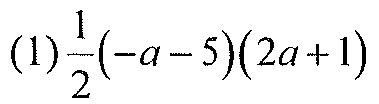
(1)\(\frac{1}{2}(-a - 5)(2a + 1)\)